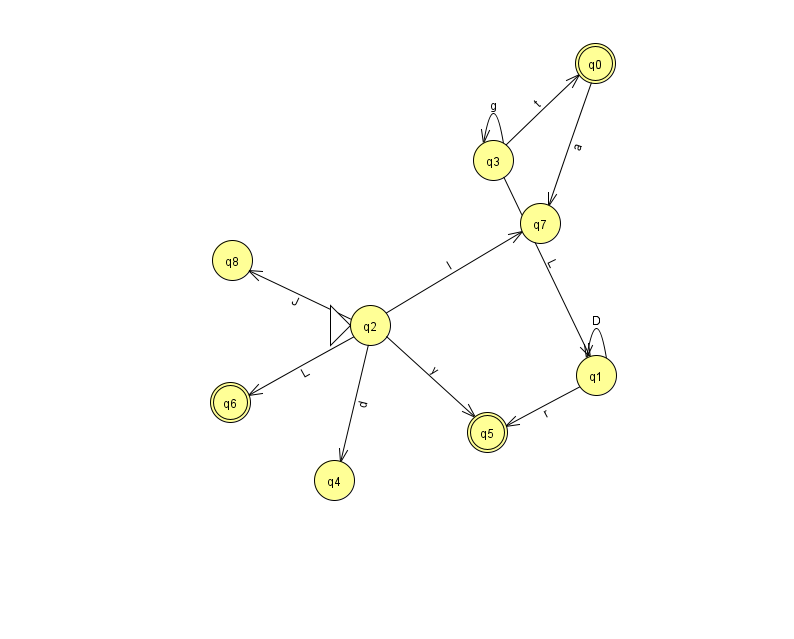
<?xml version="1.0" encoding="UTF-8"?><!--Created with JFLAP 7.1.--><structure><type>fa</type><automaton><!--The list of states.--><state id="0" name="q0"><x>595.0</x><y>50.0</y><final/></state><state id="1" name="q1"><x>596.0</x><y>362.0</y></state><state id="2" name="q2"><x>370.0</x><y>312.0</y><initial/></state><state id="3" name="q3"><x>493.0</x><y>147.0</y></state><state id="4" name="q4"><x>334.0</x><y>467.0</y></state><state id="5" name="q5"><x>487.0</x><y>419.0</y><final/></state><state id="6" name="q6"><x>230.0</x><y>389.0</y><final/></state><state id="7" name="q7"><x>540.0</x><y>210.0</y></state><state id="8" name="q8"><x>232.0</x><y>247.0</y></state><!--The list of transitions.--><transition><from>2</from><to>4</to><read>d</read></transition><transition><from>0</from><to>7</to><read>a</read></transition><transition><from>2</from><to>8</to><read>J</read></transition><transition><from>1</from><to>1</to><read>D</read></transition><transition><from>3</from><to>1</to><read>L</read></transition><transition><from>3</from><to>0</to><read>t</read></transition><transition><from>3</from><to>3</to><read>g</read></transition><transition><from>2</from><to>7</to><read>l</read></transition><transition><from>1</from><to>5</to><read>r</read></transition><transition><from>2</from><to>6</to><read>L</read></transition><transition><from>2</from><to>5</to><read>y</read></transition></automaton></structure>